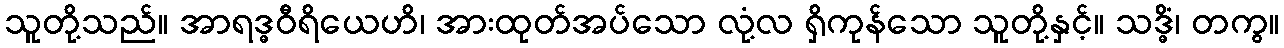
သူတို့သည်။ အာရဒ္ဓဝီရိယေဟိ၊ အားထုတ်အပ်သော လုံ့လ ရှိကုန်သော သူတို့နှင့်။ သဒ္ဓိံ၊ တကွ။